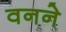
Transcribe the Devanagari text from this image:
वनने